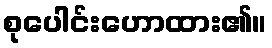
စုပေါင်းဟောထား၏။